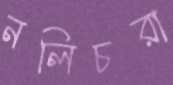
নলিচরা